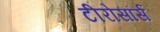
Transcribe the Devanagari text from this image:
टीरोसॉर्स